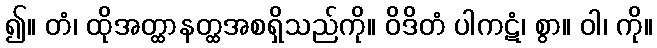
၍။ တံ၊ ထိုအတ္ထာနတ္ထအစရှိသည်ကို။ ဝိဒိတံ ပါကဋံ၊ စွာ။ ဝါ၊ ကို။